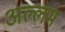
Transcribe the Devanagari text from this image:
अल्लम